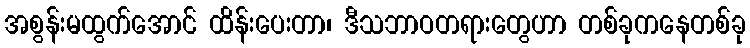
အစွန်းမထွက်အောင် ထိန်းပေးတာ၊ ဒီသဘာဝတရားတွေဟာ တစ်ခုကနေတစ်ခု